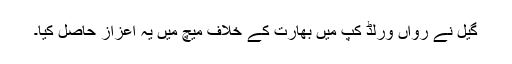
گیل نے رواں ورلڈ کپ میں بھارت کے خلاف میچ میں یہ اعزاز حاصل کیا۔